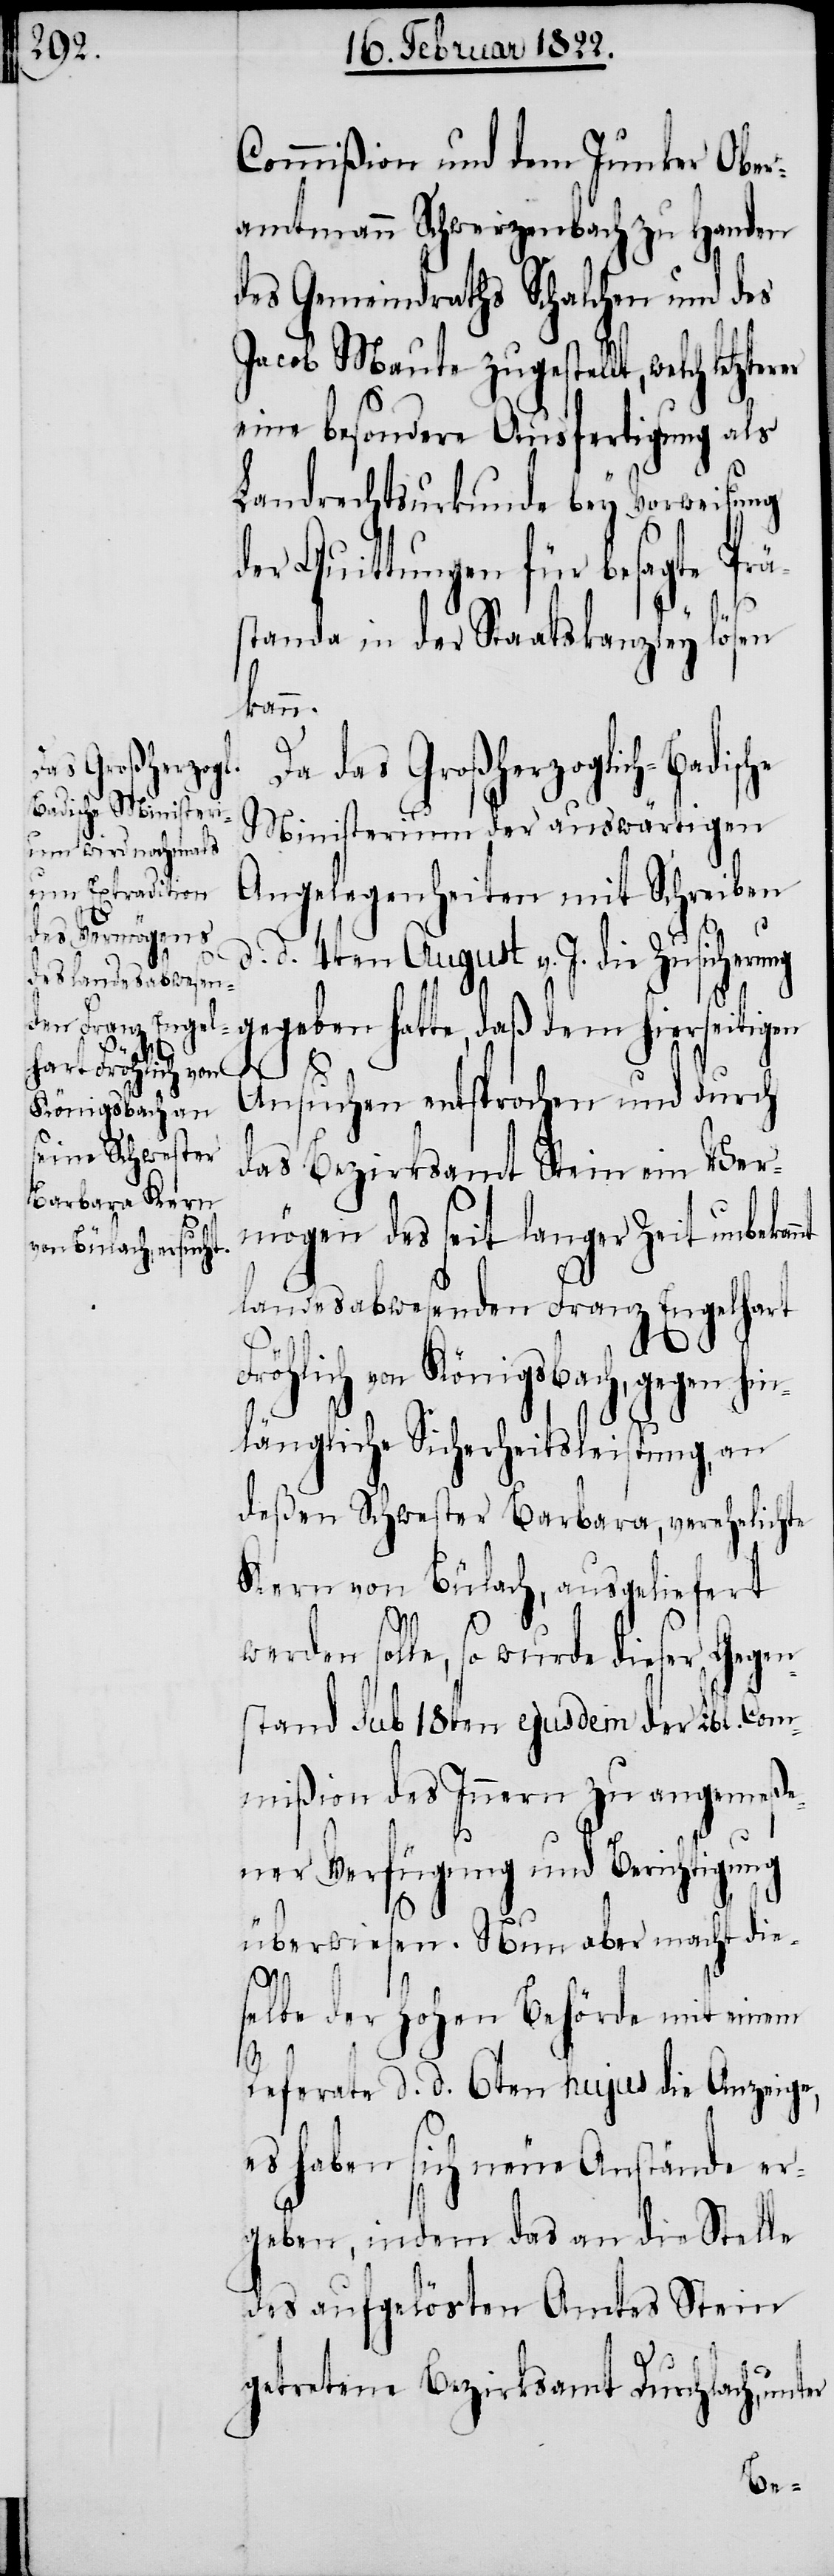
er

Commißion und dem Junker Ober¬
amtmann Schwerzenbach zu Handen
des Gemeindrathes Schalchen und des
Jacob Maute zugestellt, welch let¬
eine besondere Ausfertigung als
Landrechtsurkunde bey Vorweisung
der Quittungen für besagte Prä¬
standa in der Staatskanzley lösen
kan¬
Da das Großherzoglich-Badisc¬
Ministerium der auswärtigen
Angelegenheiten mit Schreiben
d. 4ten August v. J. die Zusicheru¬
gegeben hatte, daß dem hierseitigen
Ansuchen entsprochen und durch
das Bezirksamt Stein ein Ver¬
mögen des seit langer Zeit unbekan¬
landesabwesenden Franz Engelhart
F¬
röhlich von Königsbach, gegen hi¬
nlängliche Sicherheitsleistung, an
deßen Schwester Barbara, verehelichte
Kern von Bülach, ausgeliefert
den solle, so wurde dieser Gegen¬
stand sub 18ten ejusdem der Lbl. Com¬
mißion des Innern zu angemeße¬
ner Verfügung und Berichtigung
überwiesen. Nun aber macht die¬
wer¬
selbe der hohen Behörde mit einem
Referate d. d. 6ten hujus die Anzeige,
es haben sich neue Anstände er¬
geben, indem das an die Stelle
des aufgelösten Amtes Stein
getretene Bezirksamt Durchlach, unt¬